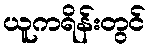
ယူကရိန်းတွင်